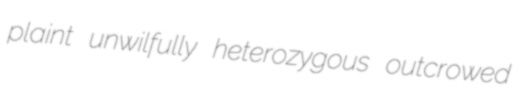
plaint unwilfully heterozygous outcrowed